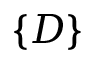
\{ D \}